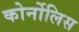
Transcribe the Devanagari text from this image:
कोर्नोलिस